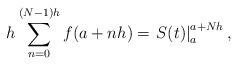
LaTeX: \begin{align*}h\sum_{n = 0}^{(N-1)h} f(a+nh) = \left. S(t) \right|_a^{a+Nh},\end{align*}